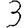
Digit: 3